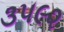
૩૫૯૨